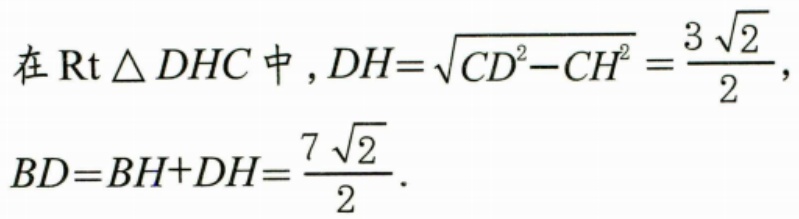
在 \(\text{Rt}\triangle DHC\) 中，\(DH = \sqrt{CD^{2}-CH^{2}}=\dfrac{3\sqrt{2}}{2}\)，
\(BD = BH + DH=\dfrac{7\sqrt{2}}{2}\).